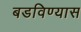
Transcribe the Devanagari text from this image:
बडविण्यास